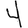
Digit: 4